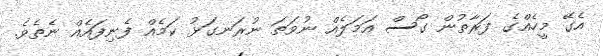
އެގޭ މީހެއްގެ ފަރާތުން ގޯސް އަމަލެއް ނުވަތަ ނުރަނގަޅު ކަމެއް ފެނިފައެއް ނެތެވެ.